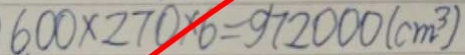
6 0 0 \times 2 7 0 \times 6 = 9 7 2 0 0 0 ( c m ^ { 3 } )